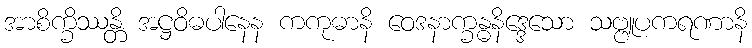
အာစိက္ခိဿန္တိ အဋ္ဌဝိဓပါနေန ကကုဓာနိ ဝေဒနာက္ခန္ဓနိဒ္ဒေသော သဗ္ဗူပကရဏာနိ